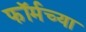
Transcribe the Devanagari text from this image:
फॉर्मच्या